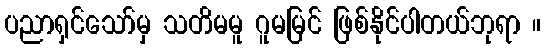
ပညာရှင်သော်မှ သတိမမူ ဂူမမြင် ဖြစ်နိုင်ပါတယ်ဘုရာ ။